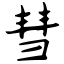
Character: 彗